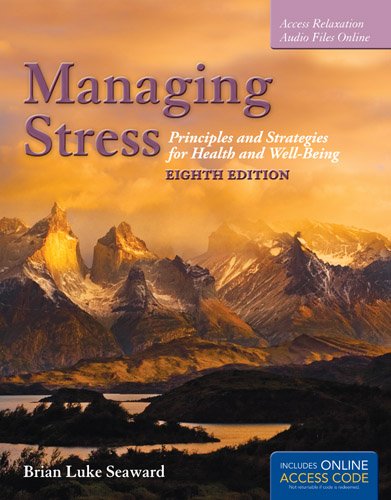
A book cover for Managing Stress: Principles and Strategies for Health and Well-Being; Brian Luke Seaward; Self-Help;